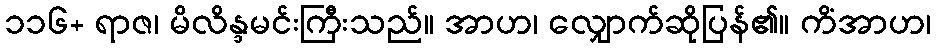
၁၁၆+ ရာဇ၊ မိလိန္ဒမင်းကြီးသည်။ အာဟ၊ လျှောက်ဆိုပြန်၏။ ကိံအာဟ၊